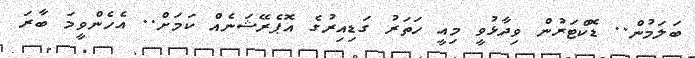
ބަލަމުން.. ޑޮކްޓަރުން ވިދާޅުވީ މިއީ ހަތަރު ގަޑިއިރުގެ އޮޕެރޭޝަނެއް ކަމަށް.. އެހެންވީމަ ބާރަ